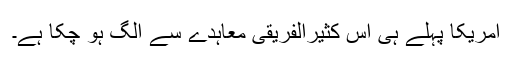
امریکا پہلے ہی اس کثیرالفریقی معاہدے سے الگ ہو چکا ہے۔